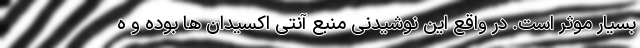
بسیار موثر است. در واقع این نوشیدنی منبع آنتی اکسیدان ها بوده و ه